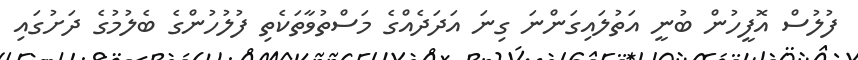
ފުލުސް އޮފީހުން ބުނީ އަތުލައިގަންނަ ގިނަ އަދަދެއްގެ މަސްތުވާތަކެތި ފުލުހުންގެ ބެލުމުގެ ދަށުގައި